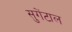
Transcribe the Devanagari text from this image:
सुगेंटाल